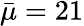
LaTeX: \bar{\mu}=21